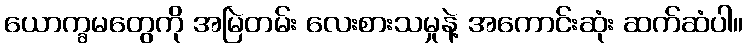
ယောက္ခမတွေကို အမြဲတမ်း လေးစားသမှုနဲ့ အကောင်းဆုံး ဆက်ဆံပါ။